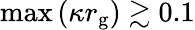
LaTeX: \mathrm{max}\left(\kappa r_{\mathrm{g}}\right)\gtrsim 0.1